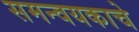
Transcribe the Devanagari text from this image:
समन्वयकाचे